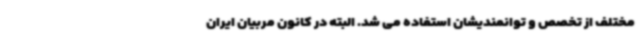
مختلف از تخصص و توانمندیشان استفاده می شد. البته در کانون مربیان ایران